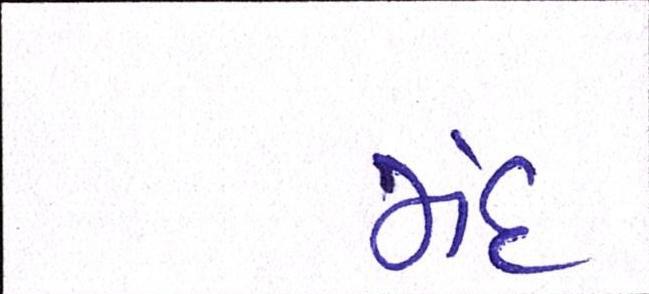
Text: મંદ